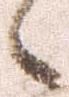
候